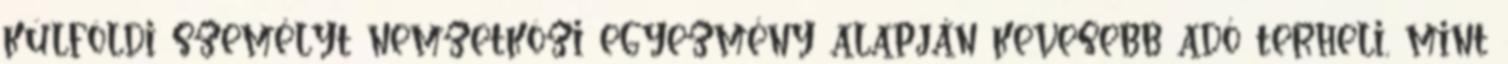
külföldi személyt nemzetközi egyezmény alapján kevesebb adó terheli, mint